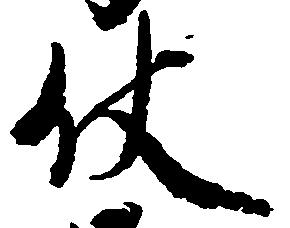
仗